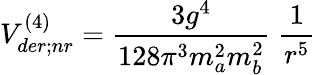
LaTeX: V_{der;nr}^{(4)}=\frac{3g^{4}}{128\pi^{3}m_{a}^{2}m_{b}^{2}}\; \frac{1}{r^{5}}